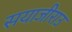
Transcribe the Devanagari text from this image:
सयाजीराउ